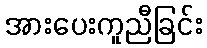
အားပေးကူညီခြင်း